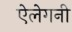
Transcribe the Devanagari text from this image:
ऐलेगनी